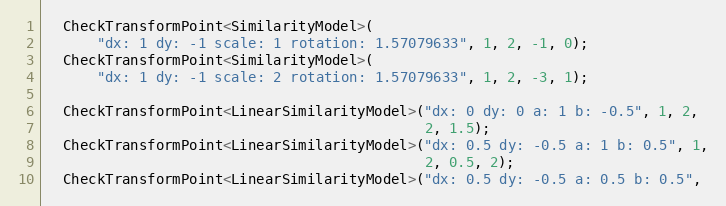
Language: C++
  CheckTransformPoint<SimilarityModel>(
      "dx: 1 dy: -1 scale: 1 rotation: 1.57079633", 1, 2, -1, 0);
  CheckTransformPoint<SimilarityModel>(
      "dx: 1 dy: -1 scale: 2 rotation: 1.57079633", 1, 2, -3, 1);

  CheckTransformPoint<LinearSimilarityModel>("dx: 0 dy: 0 a: 1 b: -0.5", 1, 2,
                                             2, 1.5);
  CheckTransformPoint<LinearSimilarityModel>("dx: 0.5 dy: -0.5 a: 1 b: 0.5", 1,
                                             2, 0.5, 2);
  CheckTransformPoint<LinearSimilarityModel>("dx: 0.5 dy: -0.5 a: 0.5 b: 0.5",